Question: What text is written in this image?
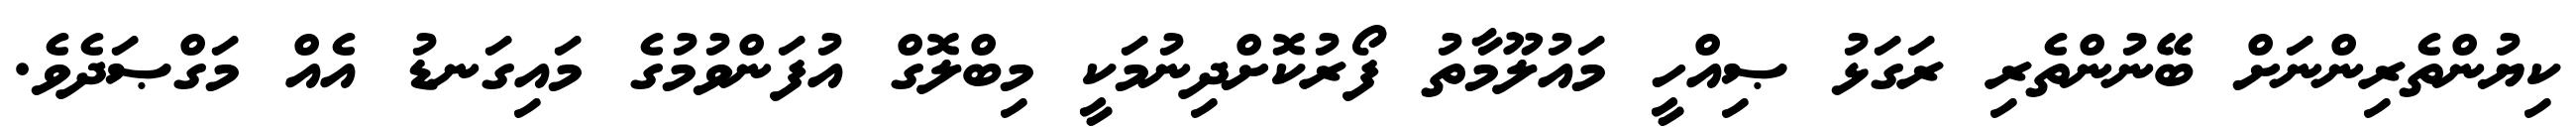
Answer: ކިޔުންތެރިންނަށް ބޭނުންތެރި ރަގަޅު ޞިއްހީ މައުލޫމާތު ފޯރުކޮށްދިނުމަކީ މިބްލޮގް އުފަންވުމުގެ މައިގަނޑު އެއް މަގްޞަދެވެ.